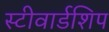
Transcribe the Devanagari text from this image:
स्टीवार्डशिप